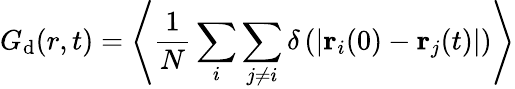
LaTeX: G_{\mathrm{d}}(r,t)=\left<\frac{1}{N}\sum_{i}\sum_{j\neq i}\delta\left(\left|\mathbf{r}_{i}(0)-\mathbf{r}_{j}(t)\right|\right)\right>